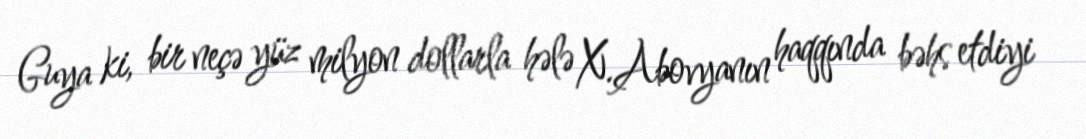
Guya ki, bir neçə yüz milyon dollarla hələ X.Abovyanın haqqında bəhs etdiyi